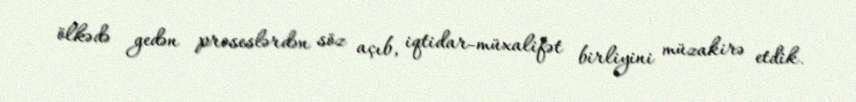
ölkədə gedən proseslərdən söz açıb, iqtidar-müxalifət birliyini müzakirə etdik.